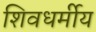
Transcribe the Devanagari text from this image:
शिवधर्मीय